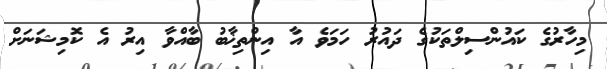
މިހާރުގެ ކައުންސިލްތަކުގެ ދައުރު ހަމަވެ އާ އިންތިޚާބު ބާއްވާ އިރު އެ ކޮމިޝަނަށް